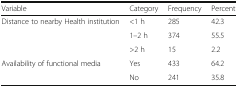
| Variable | Category | Frequency | Percent |
 | --- | --- | --- | --- |
 | <ROWSPAN=3> Distance to nearby Health institution | <1 h | 285 | 42.3 |
 | 1–2 h | 374 | 55.5 |
 | >2 h | 15 | 2.2 |
 | <ROWSPAN=2> Availability of functional media | Yes | 433 | 64.2 |
 | No | 241 | 35.8 |